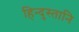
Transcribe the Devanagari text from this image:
हिन्दुस्तानि